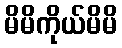
မိမိကိုယ်မိမိ